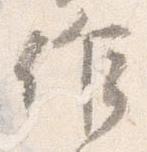
作